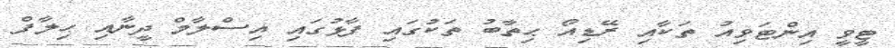
ޓީވީ އިންޓަވިއު ތަކާއި ރޭޑިއޯ ޙިތާބު ތަކުގައި ފާޅުގައި އިސްލާމް ދީނާއި ޙިލާފް